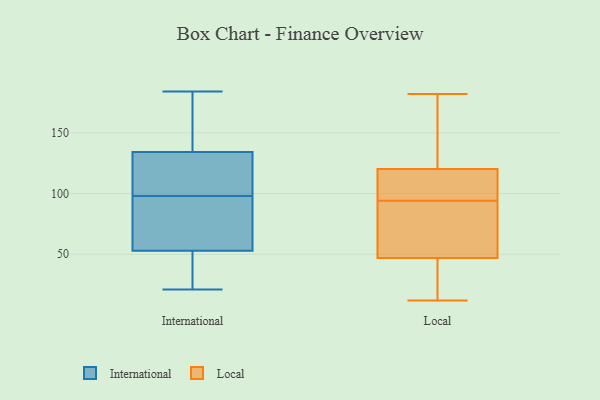
{"axis": {"x": "Website Visitors", "y": "Value"}, "legend": ["International", "Local"], "data": [{"x": "", "y": 123, "type": "International"}, {"x": "", "y": 41, "type": "International"}, {"x": "", "y": 98, "type": "International"}, {"x": "", "y": 57, "type": "International"}, {"x": "", "y": 147, "type": "International"}, {"x": "", "y": 21, "type": "International"}, {"x": "", "y": 156, "type": "International"}, {"x": "", "y": 112, "type": "International"}, {"x": "", "y": 129, "type": "International"}, {"x": "", "y": 23, "type": "International"}, {"x": "", "y": 163, "type": "International"}, {"x": "", "y": 60, "type": "International"}, {"x": "", "y": 130, "type": "International"}, {"x": "", "y": 60, "type": "International"}, {"x": "", "y": 184, "type": "International"}, {"x": "", "y": 78, "type": "International"}, {"x": "", "y": 29, "type": "International"}, {"x": "", "y": 120, "type": "Local"}, {"x": "", "y": 84, "type": "Local"}, {"x": "", "y": 93, "type": "Local"}, {"x": "", "y": 104, "type": "Local"}, {"x": "", "y": 110, "type": "Local"}, {"x": "", "y": 54, "type": "Local"}, {"x": "", "y": 20, "type": "Local"}, {"x": "", "y": 121, "type": "Local"}, {"x": "", "y": 12, "type": "Local"}, {"x": "", "y": 182, "type": "Local"}, {"x": "", "y": 94, "type": "Local"}, {"x": "", "y": 121, "type": "Local"}, {"x": "", "y": 26, "type": "Local"}]}